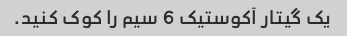
یک گیتار آکوستیک 6 سیم را کوک کنید.